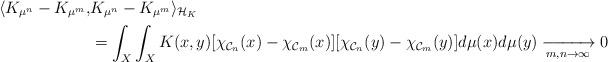
LaTeX: \begin{align*} \langle K_{\mu^{n}} -K_{\mu^{m}},& K_{\mu^{n}} - K_{\mu^{m}} \rangle_{\mathcal{H}_{K}}\\&= \int_{X}\int_{X}K(x,y)[\chi_{\mathcal{C}_{n}}(x) -\chi_{\mathcal{C}_{m}}(x)][\chi_{\mathcal{C}_{n}}(y) - \chi_{\mathcal{C}_{m}}(y)]d\mu(x)d\mu(y) \xrightarrow[m,n \to \infty]{} 0 \end{align*}